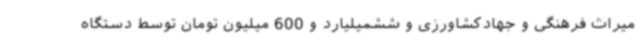
میراث فرهنگی و جهادکشاورزی و ششمیلیارد و 600 میلیون تومان توسط دستگاه